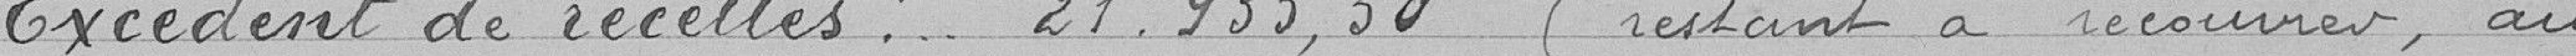
Excédent de recettes : 21 935.50 francs (restant à recouvrir, au